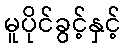
မူပိုင်ခွင့်နှင့်